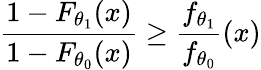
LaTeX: {\frac{1-F_{\theta_{1}}(x)}{1-F_{\theta_{0}}(x)}}\geq{\frac{f_{\theta_{1}}}{f_{\theta_{0}}}}(x)